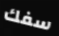
سفك